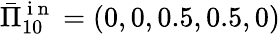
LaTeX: \bar{\Pi}_{10}^{\mathrm{~i~n~}}=(0,0,0.5,0.5,0)